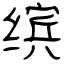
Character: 缤